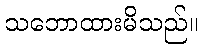
သဘောထားမိသည်။